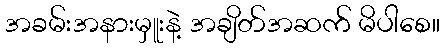
အခမ်းအနားမှူးနဲ့ အချိတ်အဆက် မိပါစေ။